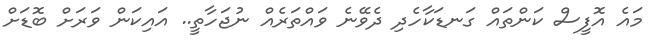
މައެ އޮފީސް ކަންތައް ގަނޑަކާހެދި ދެވޭނެ ވައްތަރެއް ނުޖަހާތީ.. އައިކަން ވަރަށް ބޮޑަށް